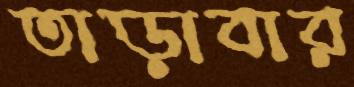
তাড়াবার